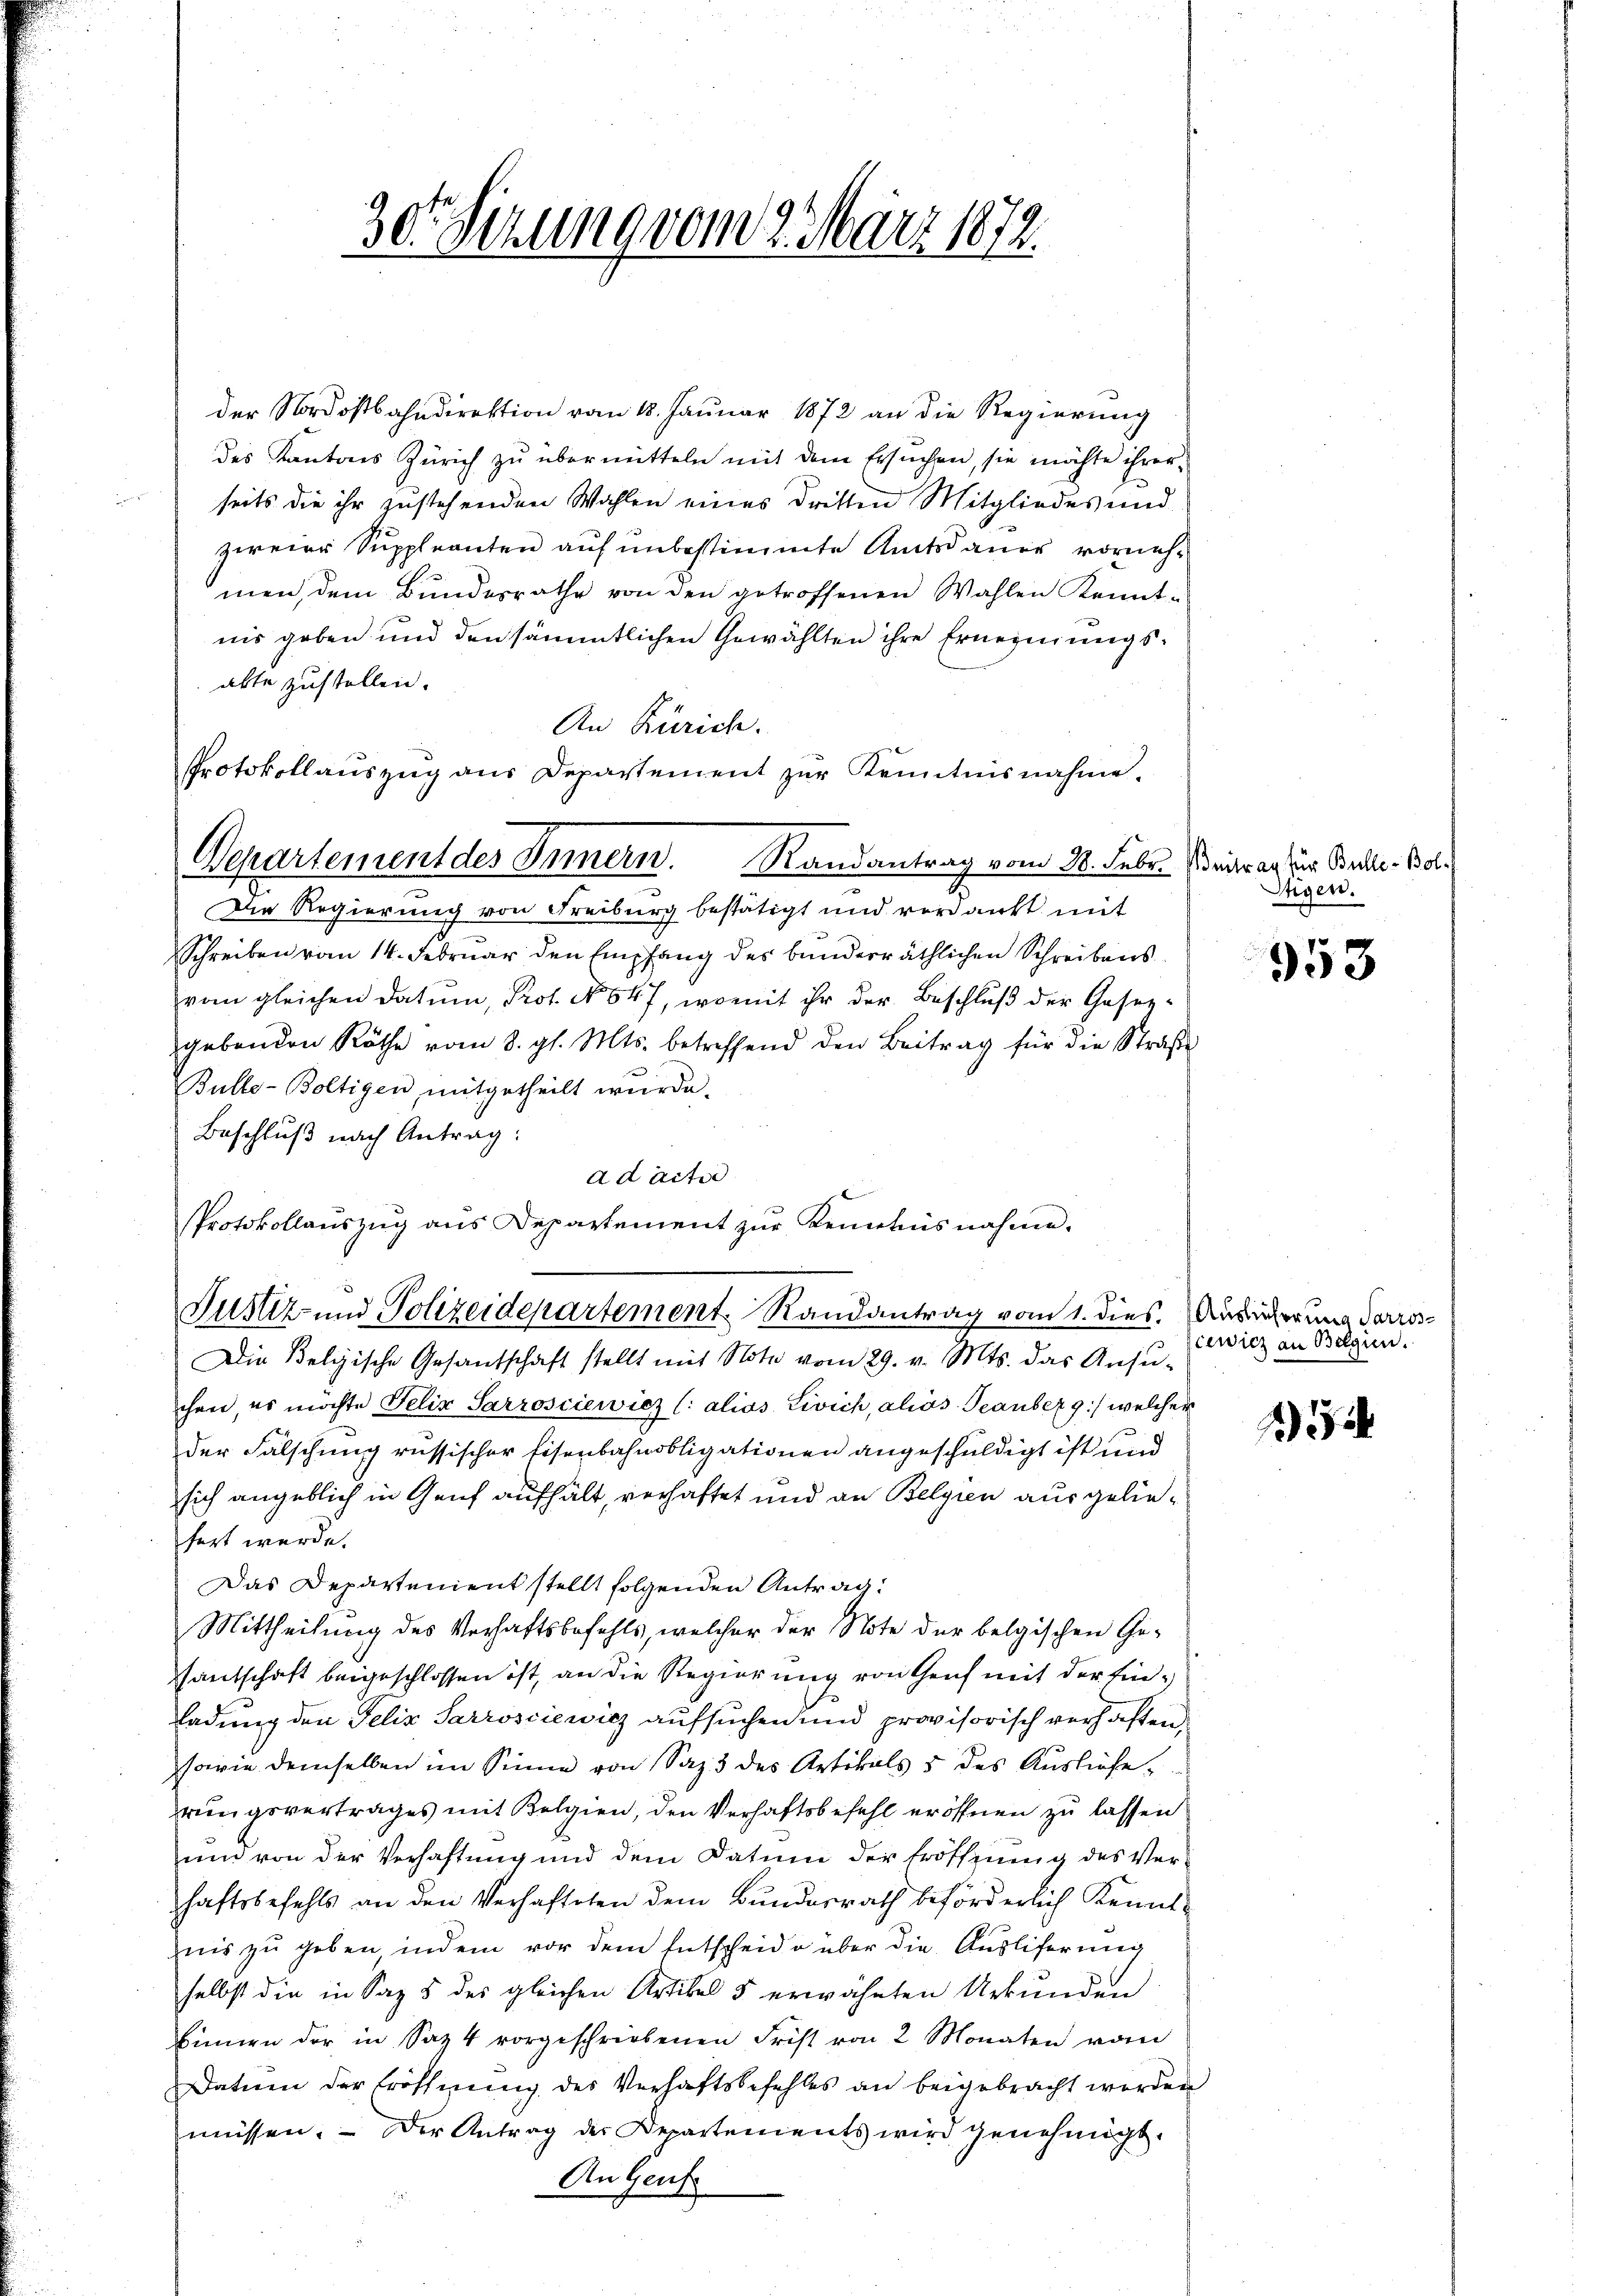
der Nordostbahndirektion vom 18. Januar 1872 an die Regierung
des Kantons Zürich zu übermitteln mit dem Ersuchen, sie möchte ihrer
seits die ihr zustehenden Wahlen eines dritten Mitgliedes und
zweier Suppleanten auf unbestimmte Amtsdauer vornehmen, dem Bundesrathe von den getroffenen Wahlen Kenntnis geben und den sämmtlichen Gewählten ihre Ernennungsabte zustellen.
An Zürich.
Die Regierung von Freiburg bestätigt und verdankt mit
Schreiben vom 14. Februar den Empfang des bunderräthlichen Schreibens
vom gleichen Datum, Prot. No 647, womit ihr der Beschluß der Gesetzgebenden Röthe vom 8. gl. Mts. betreffend den Beitrag für die Straβe
Bulte-Boltigen, mitgetheilt wurde.
Beschluß nach Antrag:
ad actio
Die Belgische Gesantschaft stellt mit Note vom 29. v. Mts. das Ansŭ-
chen, es möchte Felix Sarrosciewicz (: alios Livich, alios Peanberg) welcher
der Fälschung russischer Eisenbahnobligationen angeschuldigt ist und
sich angeblich in Genf aufhält, verhaftet und an Belgien aus geliefert werde.
Das Departenient stellt folgenden Antrag.
Mittheilung des Verhaftsbefehls, welcher der Note der belgischen Gesantschaft beigeschlossen ist, an die Regierung von Genf mit der Einladung den Felix Sarrosciewicz aufsuchen und provisorisch verhaften
sowie demselben im Sinne von Saz 3 des Artikals 5 des Auslieferungsvertrages mit Belgien, den Verhaftsbefehl eröffnen zu lassen
und von der Verhaftung und dem Datum der Eröffnung des Verhaftsbefehls an den Verhafteten dem Bundesrath beförderlich Kenntnis zu geben indem vor dem Entscheide über die Auslieferung
selbst die in Sag 5 des gleichen Artikel 5 erwähnten Urkunden
binnen der in Saz 4 vorgeschriebenen Frist von 2 Monaten vom
Datum der Eröffnung des Verhaftsbefehles an beigebracht werden
müssen. Der Antrag der Departements wird genehmigt.
An Genf.

Protokollaŭszŭg aŭs Departement zŭr Kenntnisnahme.
Bepartement des Innern. Randantrag vom 20. Febr. Beitrag zur Bulle. Bol

30t Setzung vom 2. März 1872.

Protokollaŭszŭg aŭs Departement zŭr Kenntnisnahme.
Justiz- und Polizeidepartement Randantrag vom 1. dies. Ausierung dariss

Stigen.

953

cewicz an Belgien.

234